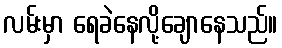
လမ်းမှာ ရေခဲနေလို့ချောနေသည်။